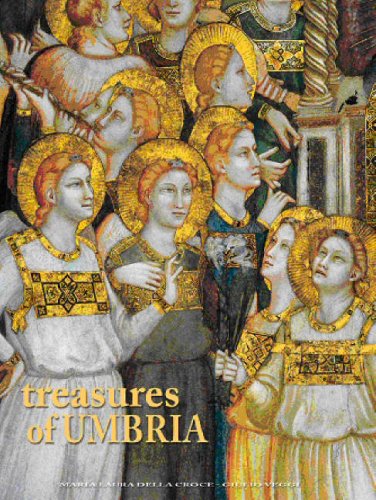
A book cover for Treasures of Umbria: Italian Regions; Maria Laura Della Croce; Travel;